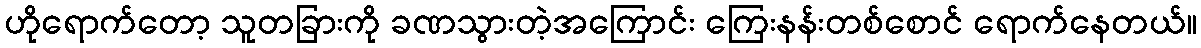
ဟိုရောက်တော့ သူတခြားကို ခဏသွားတဲ့အကြောင်း ကြေးနန်းတစ်စောင် ရောက်နေတယ်။